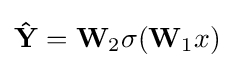
\mathbf {\hat {Y}} =\mathbf {W} _{2}\sigma (\mathbf {W} _{1}x)